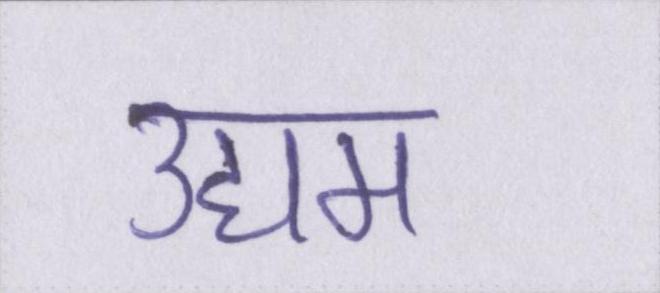
उद्यम